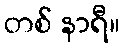
တစ် နာရီ။